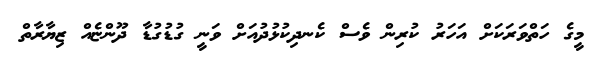
މީގެ ހަތްވަރަކަށް އަހަރު ކުރިން ވެސް ކެނދިކުޅުދުއަށް ވަނީ ގުޑުގުޑާ ދޫންޏެއް ޒިޔާރާތް